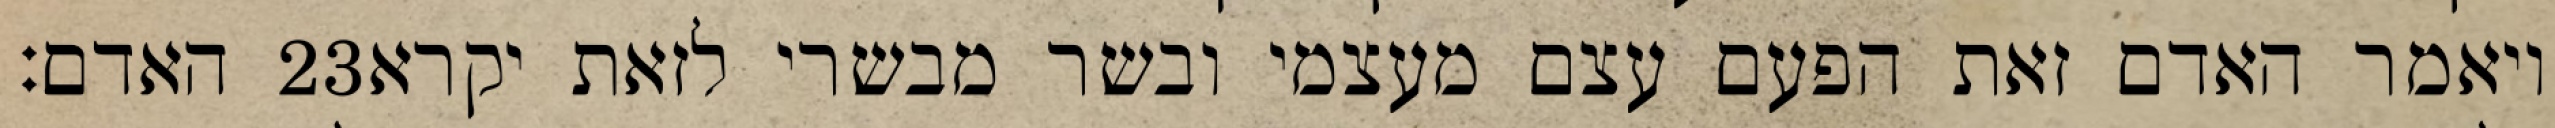
האדם׃ ‎23‏ ויאמר האדם זאת הפעם עצם מעצמי ובשר מבשרי לזאת יקרא